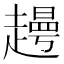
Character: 𧽰